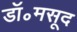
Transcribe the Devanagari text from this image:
डॉ॰मसूद